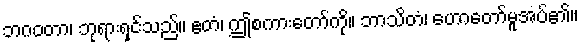
ဘဂဝတာ၊ ဘုရားရှင်သည်။ ဧတံ၊ ဤစကားတော်ကို။ ဘာသိတံ၊ ဟောတော်မူအပ်၏။